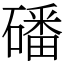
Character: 磻